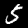
Digit: 5